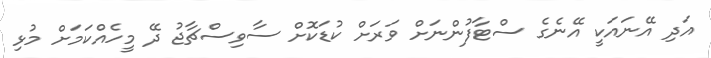
އަދި އޭނައަކީ އޭނެގެ ސްޓާފުންނަށް ވަރަށް ކުޑަކޮށް ސާވިސްޗާޖު ދޭ މީހެއްކަމަށް މުޅި